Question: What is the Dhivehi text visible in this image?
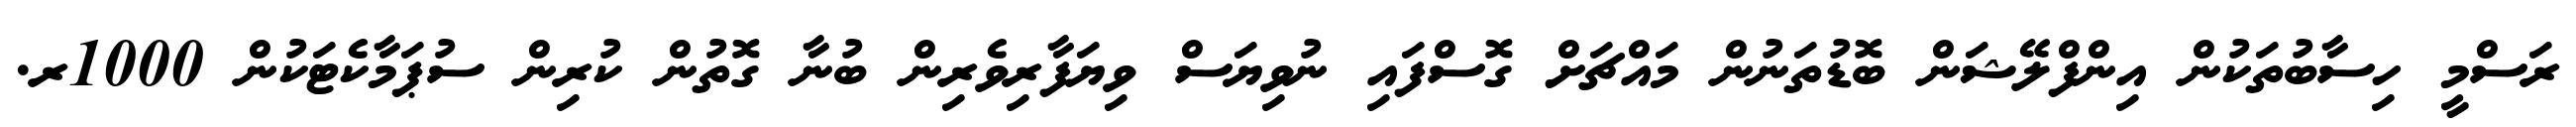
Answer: ރަސްމީ ހިސާބުތަކުން އިންފްލޭޝަން ބޮޑުތަނުން މައްޗަށް ގޮސްފައި ނުވިޔަސް ވިޔަފާރިވެރިން ބުނާ ގޮތުން ކުރިން ސުޕަމާކެޓަކުން 1000ރ.